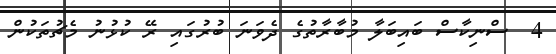
4  ސްނިކާސް ބައިބަލާ މުބާރާތުގެ ދެވަނަ ބުރުގައި ރޭ ކުޅުނު މެޗުތަކުން